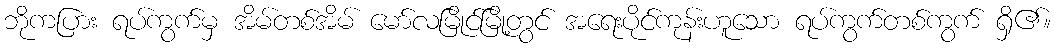
ဘိုကပြား ရပ်ကွက်မှ အိမ်တစ်အိမ် မော်လမြိုင်မြို့တွင် အရေးပိုင်ကုန်းဟူသော ရပ်ကွက်တစ်ကွက် ရှိ၏။